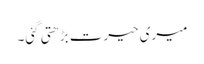
میری حیرت بڑھتی گئی۔